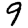
Digit: 9